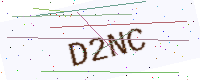
Text: D2NC